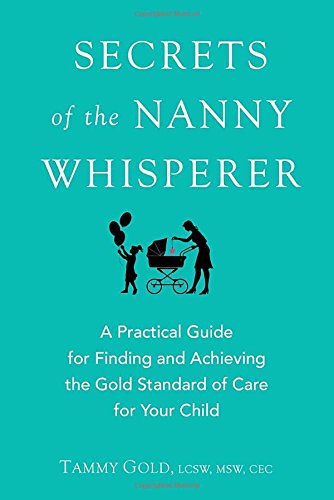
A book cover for Secrets of the Nanny Whisperer: A Practical Guide for Finding and Achieving the Gold Standard of Care for Your Child; Tammy Gold; Parenting & Relationships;